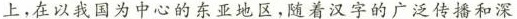
上，在以我国为中心的东亚地区，随着汉字的广泛传播和深